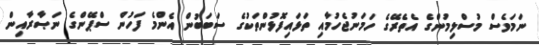
ނަމަވެސް މުސްލިމުންގެ އެތެރޭގެ ހަމަނުޖެހުމާއި ތަޅައިފޮޅުންތަކުގެ ސަބަބުން އެންމެ ފަހުން ސްޕޭންގެ ނަޞާރާއިން